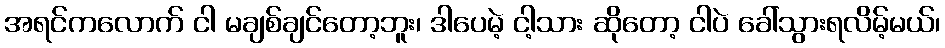
အရင်ကလောက် ငါ မချစ်ချင်တော့ဘူး၊ ဒါပေမဲ့ ငါ့သား ဆိုတော့ ငါပဲ ခေါ်သွားရလိမ့်မယ်၊